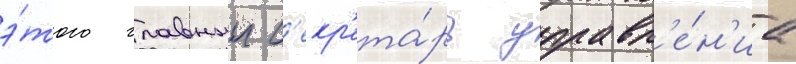
э́того главныи с'екр'ета́рь управл'е́н'иа